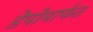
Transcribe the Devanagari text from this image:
डेपोमार्फत